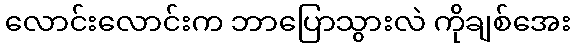
လောင်းလောင်းက ဘာပြောသွားလဲ ကိုချစ်အေး